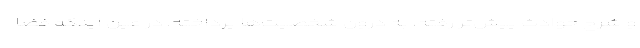
و شرح حوادث پیش‌تر رفته، به درون شخصیت‌ها پرداخته. در عین اینکه فضا